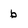
Character: b